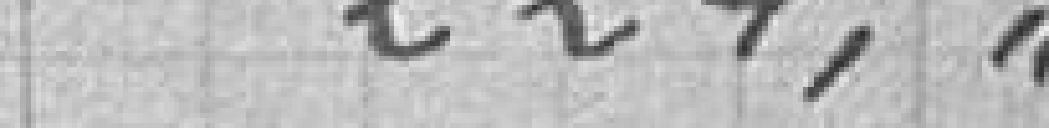
224,00